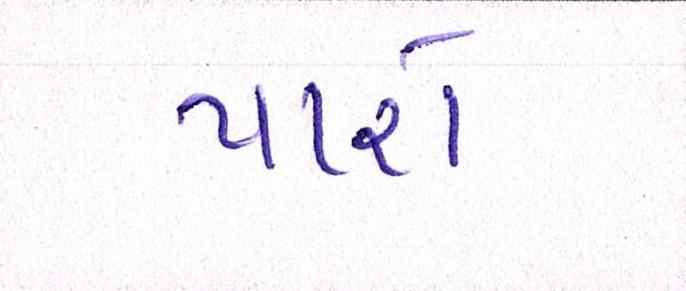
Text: પારો